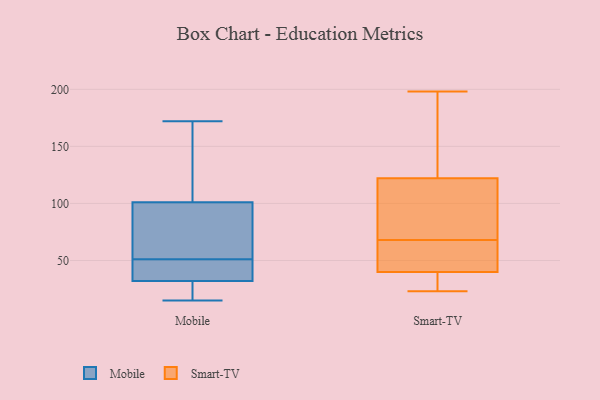
{"axis": {"x": "Gross Profit (USD K)", "y": "Value"}, "legend": ["Mobile", "Smart-TV"], "data": [{"x": "", "y": 50, "type": "Mobile"}, {"x": "", "y": 85, "type": "Mobile"}, {"x": "", "y": 29, "type": "Mobile"}, {"x": "", "y": 89, "type": "Mobile"}, {"x": "", "y": 51, "type": "Mobile"}, {"x": "", "y": 137, "type": "Mobile"}, {"x": "", "y": 141, "type": "Mobile"}, {"x": "", "y": 15, "type": "Mobile"}, {"x": "", "y": 172, "type": "Mobile"}, {"x": "", "y": 67, "type": "Mobile"}, {"x": "", "y": 45, "type": "Mobile"}, {"x": "", "y": 17, "type": "Mobile"}, {"x": "", "y": 33, "type": "Mobile"}, {"x": "", "y": 63, "type": "Smart-TV"}, {"x": "", "y": 28, "type": "Smart-TV"}, {"x": "", "y": 34, "type": "Smart-TV"}, {"x": "", "y": 23, "type": "Smart-TV"}, {"x": "", "y": 136, "type": "Smart-TV"}, {"x": "", "y": 198, "type": "Smart-TV"}, {"x": "", "y": 33, "type": "Smart-TV"}, {"x": "", "y": 40, "type": "Smart-TV"}, {"x": "", "y": 181, "type": "Smart-TV"}, {"x": "", "y": 96, "type": "Smart-TV"}, {"x": "", "y": 40, "type": "Smart-TV"}, {"x": "", "y": 96, "type": "Smart-TV"}, {"x": "", "y": 64, "type": "Smart-TV"}, {"x": "", "y": 102, "type": "Smart-TV"}, {"x": "", "y": 123, "type": "Smart-TV"}, {"x": "", "y": 119, "type": "Smart-TV"}, {"x": "", "y": 68, "type": "Smart-TV"}, {"x": "", "y": 134, "type": "Smart-TV"}, {"x": "", "y": 61, "type": "Smart-TV"}]}